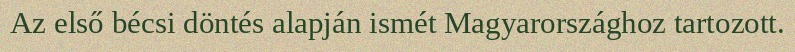
Az első bécsi döntés alapján ismét Magyarországhoz tartozott.